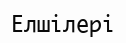
Елшілері